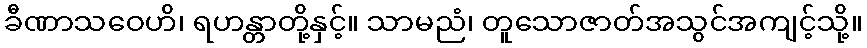
ခီဏာသဝေဟိ၊ ရဟန္တာတို့နှင့်။ သာမညံ၊ တူသောဇာတ်အသွင်အကျင့်သို့။